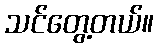
သင်တွေ့တယ်။